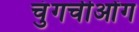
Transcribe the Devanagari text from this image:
चुंगचीओंग